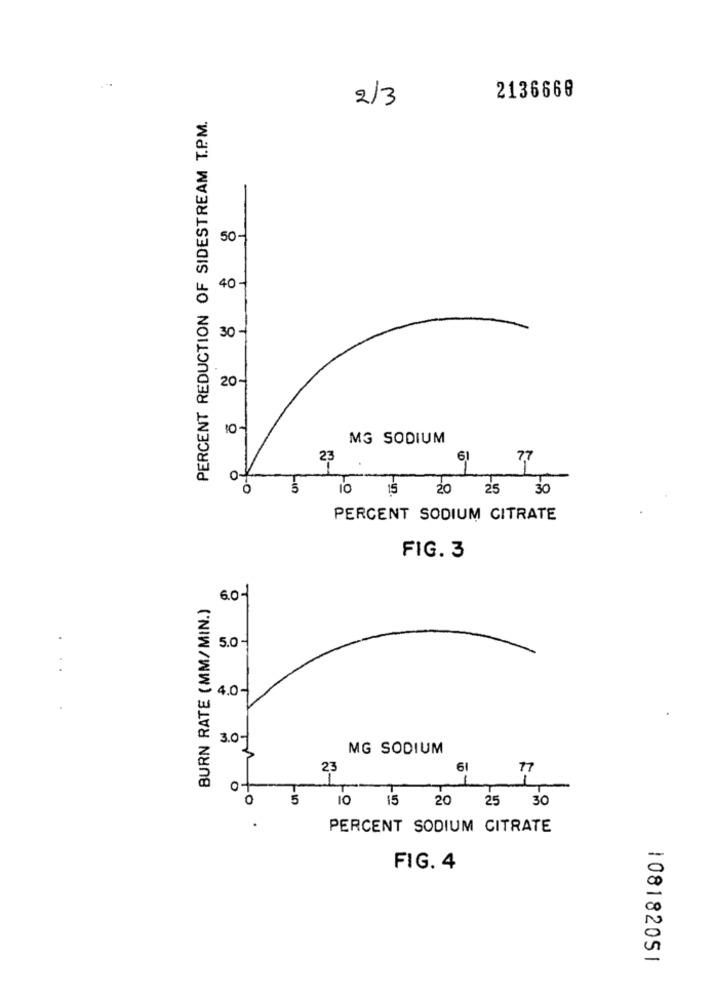
2/3
2136668
PERCENT REDUCTION OF SIDESTREAM T.P.M.
50-
404
30 -
204
MG SODIUM
23
61
O-
5
IS
20 25
30
PERCENT SODIUM CITRATE
FIG. 3
BURN RATE (MM/MIN.)
6.0-1
5.0-
...
o
4.0-
30-
3
MG SODIUM
23
61
77
0+
0
5
10
15
25 30
.
PERCENT SODIUM CITRATE
FIG. 4
108182051